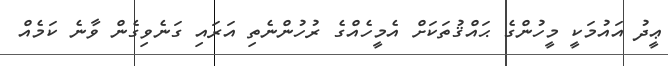
ޢީދު އައުމަކީ މީހުންގެ ޙައްޤުތަކަށް އެމީހެއްގެ ރުހުންނެތި އަރައި ގަނެވިގެން ވާނެ ކަމެއް